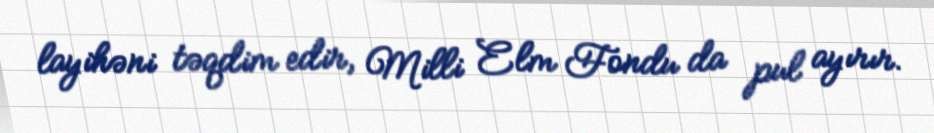
layihəni təqdim edir, Milli Elm Fondu da pul ayırır.